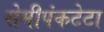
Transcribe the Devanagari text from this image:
सेमीपंकटेटा